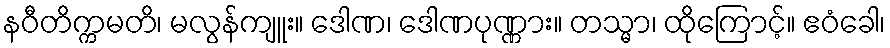
နဝီတိက္ကမတိ၊ မလွန်ကျူး။ ဒေါဏ၊ ဒေါဏပုဏ္ဏား။ တသ္မာ၊ ထိုကြောင့်။ ဧဝံခေါ၊